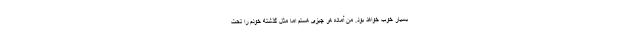
بسیار خوب خواهد بود. من آماده هر چیزی هستم اما مثل گذشته خودم را تحت